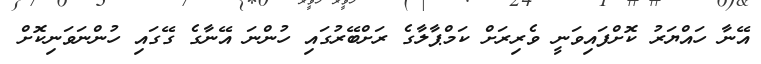
އޭނާ ހައްޔަރު ކޮށްފައިވަނީ ވެރިރަށް ކަމްޕާލާގެ ރަށްބޭރުގައި ހުންނަ އޭނާގެ ގޭގައި ހުންނަވަނިކޮށް